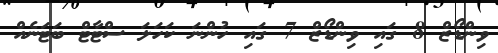
ވިންޑޯޒް 8 ގައި ވިންޑޯޒް 7 ގައި ހުންނަ ކަހަލަ ސްޓާޓް ބަޓަނެއް